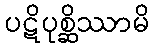
ပဋိပုစ္ဆိဿာမိ